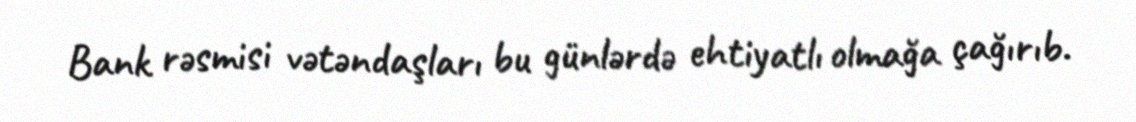
Bank rəsmisi vətəndaşları bu günlərdə ehtiyatlı olmağa çağırıb.